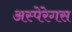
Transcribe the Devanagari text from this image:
अस्पेरेगस